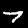
Label: 7